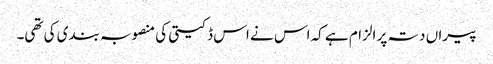
پیراں دتہ پر الزام ہے کہ اس نے اس ڈکیتی کی منصوبہ بندی کی تھی۔